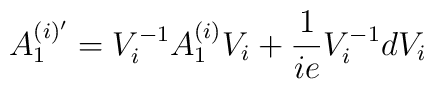
A^{(i)'}_{1}= V_{i}^{-1} A^{(i)}_{1} V_{i} +   \frac{1}{ie} V_{i}^{-1} d V_{i}